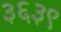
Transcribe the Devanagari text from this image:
३६३९